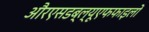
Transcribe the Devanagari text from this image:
औरएसडब्ल्यूएफफाइलों